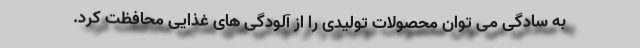
به سادگی می توان محصولات تولیدی را از آلودگی های غذایی محافظت کرد.